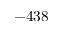
- 4 3 8